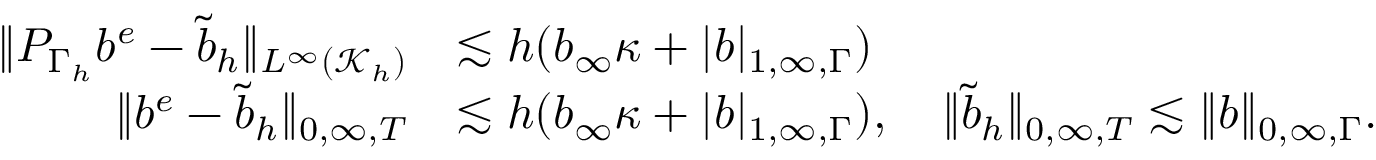
\begin{array} { r l } { \| P _ { \Gamma _ { h } } b ^ { e } - { \widetilde { b } } _ { h } \| _ { L ^ { \infty } ( \mathcal { K } _ { h } ) } } & { \lesssim h ( b _ { \infty } \kappa + | b | _ { 1 , \infty , \Gamma } ) } \\ { \| b ^ { e } - { \widetilde { b } } _ { h } \| _ { 0 , \infty , T } } & { \lesssim h ( b _ { \infty } \kappa + | b | _ { 1 , \infty , \Gamma } ) , \quad \| { \widetilde { b } } _ { h } \| _ { 0 , \infty , T } \lesssim \| b \| _ { 0 , \infty , \Gamma } . } \end{array}